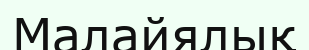
Малайялық